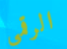
الرقمي